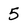
Character: 5